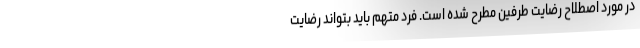
در مورد اصطلاح رضایت طرفین مطرح شده است. فرد متهم باید بتواند رضایت